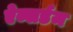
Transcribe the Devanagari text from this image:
ऐब्सर्डम